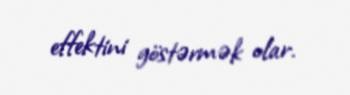
effektini göstərmək olar.